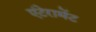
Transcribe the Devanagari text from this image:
एंटेरामेंट